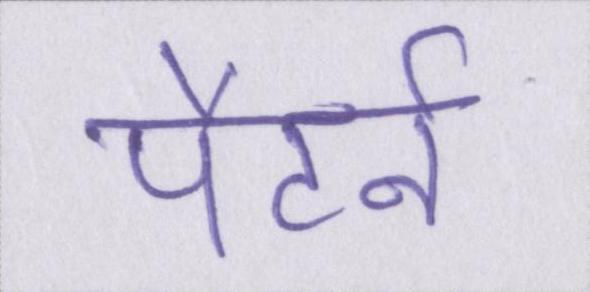
पैटर्न